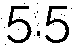
5.5